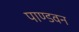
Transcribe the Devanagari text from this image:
पाण्डवन